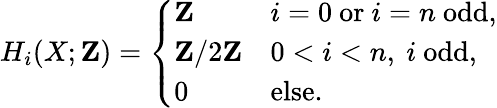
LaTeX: H_{i}(X;\mathbf{Z})={\left\{ \begin{array}{ll}{\mathbf{Z}}&{i=0{\mathrm{~or~}}i=n{\mathrm{~odd,}}}\\ {\mathbf{Z}/2\mathbf{Z}}&{0<i<n,\ i\ {\mathrm{odd,}}}\\ {0}&{{\mathrm{else.}}}\end{array}\right.}